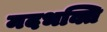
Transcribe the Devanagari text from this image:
मदभक्ति